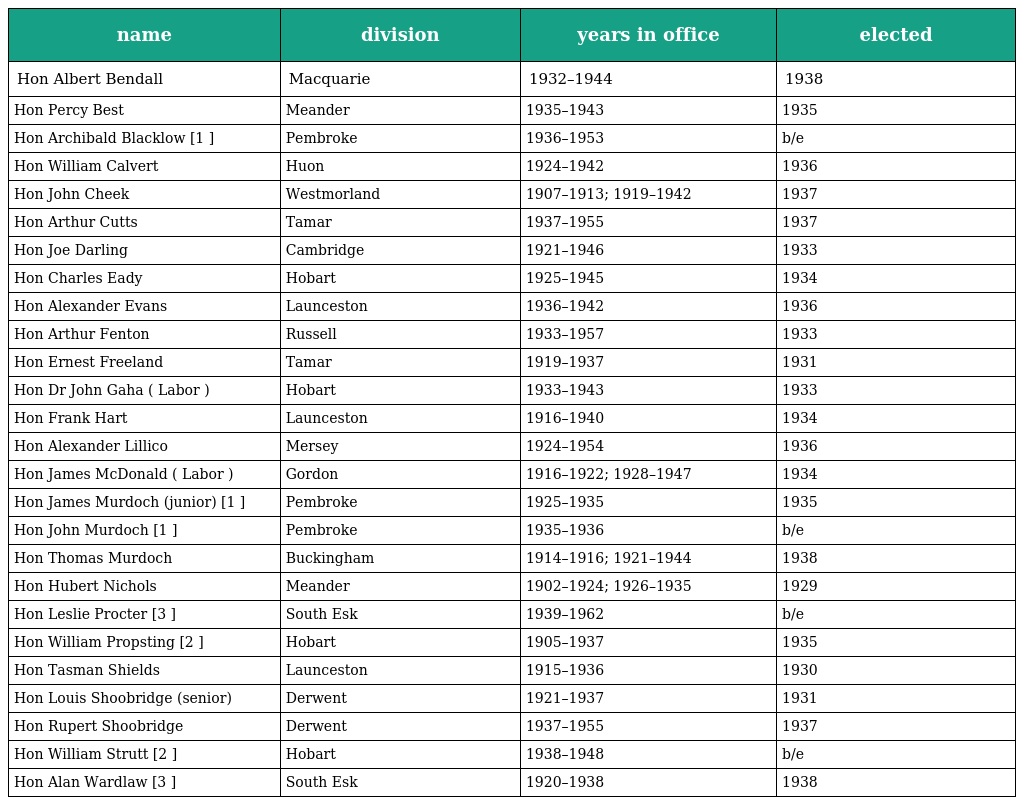
| name | division | years in office | elected |
 | --- | --- | --- | --- |
 | Hon Albert Bendall | Macquarie | 1932–1944 | 1938 |
 | Hon Percy Best | Meander | 1935–1943 | 1935 |
 | Hon Archibald Blacklow [1 ] | Pembroke | 1936–1953 | b/e |
 | Hon William Calvert | Huon | 1924–1942 | 1936 |
 | Hon John Cheek | Westmorland | 1907–1913; 1919–1942 | 1937 |
 | Hon Arthur Cutts | Tamar | 1937–1955 | 1937 |
 | Hon Joe Darling | Cambridge | 1921–1946 | 1933 |
 | Hon Charles Eady | Hobart | 1925–1945 | 1934 |
 | Hon Alexander Evans | Launceston | 1936–1942 | 1936 |
 | Hon Arthur Fenton | Russell | 1933–1957 | 1933 |
 | Hon Ernest Freeland | Tamar | 1919–1937 | 1931 |
 | Hon Dr John Gaha ( Labor ) | Hobart | 1933–1943 | 1933 |
 | Hon Frank Hart | Launceston | 1916–1940 | 1934 |
 | Hon Alexander Lillico | Mersey | 1924–1954 | 1936 |
 | Hon James McDonald ( Labor ) | Gordon | 1916–1922; 1928–1947 | 1934 |
 | Hon James Murdoch (junior) [1 ] | Pembroke | 1925–1935 | 1935 |
 | Hon John Murdoch [1 ] | Pembroke | 1935–1936 | b/e |
 | Hon Thomas Murdoch | Buckingham | 1914–1916; 1921–1944 | 1938 |
 | Hon Hubert Nichols | Meander | 1902–1924; 1926–1935 | 1929 |
 | Hon Leslie Procter [3 ] | South Esk | 1939–1962 | b/e |
 | Hon William Propsting [2 ] | Hobart | 1905–1937 | 1935 |
 | Hon Tasman Shields | Launceston | 1915–1936 | 1930 |
 | Hon Louis Shoobridge (senior) | Derwent | 1921–1937 | 1931 |
 | Hon Rupert Shoobridge | Derwent | 1937–1955 | 1937 |
 | Hon William Strutt [2 ] | Hobart | 1938–1948 | b/e |
 | Hon Alan Wardlaw [3 ] | South Esk | 1920–1938 | 1938 |